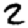
Digit: 2